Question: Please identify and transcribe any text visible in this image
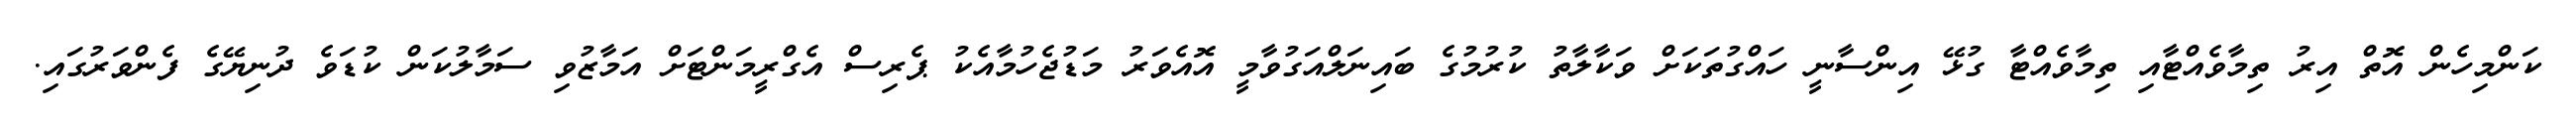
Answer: ކަންމިހެން އޮތް އިރު ތިމާވެއްޓާއި ތިމާވެއްޓާ ގުޅޭ އިންސާނީ ހައްގުތަކަށް ވަކާލާތު ކުރުމުގެ ބައިނަލްއަގުވާމީ އޮއެވަރު މަޑުޖެހުމާއެކު ޕެރިސް އެގްރީމަންޓަށް އަމާޒުވި ސަމާލުކަން ކުޑަވެ ދުނިޔޭގެ ފެންވަރުގައި.